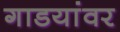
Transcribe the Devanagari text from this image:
गाडयांवर